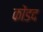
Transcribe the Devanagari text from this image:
कोंडद